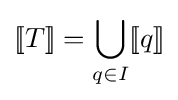
[\![T]\!]=\bigcup _{q\in I}[\![q]\!]